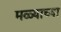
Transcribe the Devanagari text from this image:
मळ्याच्या